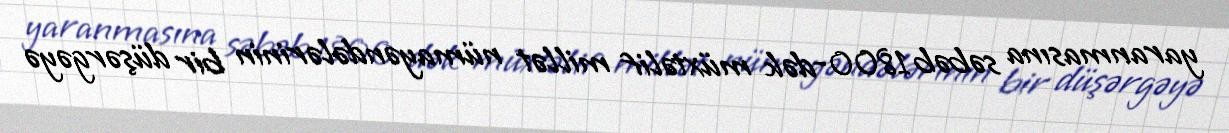
yaranmasına səbəb 1800-dək müxtəlif millət nümayəndələrinin bir düşərgəyə